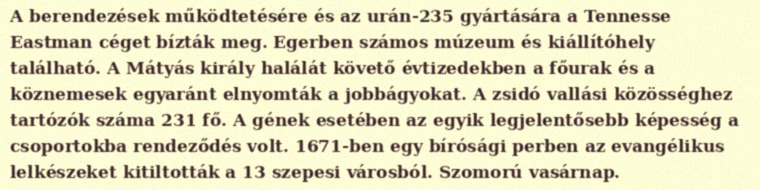
A berendezések működtetésére és az urán-235 gyártására a Tennesse Eastman céget bízták meg. Egerben számos múzeum és kiállítóhely található. A Mátyás király halálát követő évtizedekben a főurak és a köznemesek egyaránt elnyomták a jobbágyokat. A zsidó vallási közösséghez tartózók száma 231 fő. A gének esetében az egyik legjelentősebb képesség a csoportokba rendeződés volt. 1671-ben egy bírósági perben az evangélikus lelkészeket kitiltották a 13 szepesi városból. Szomorú vasárnap.